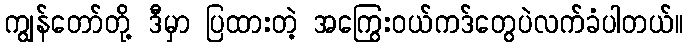
ကျွန်တော်တို့ ဒီမှာ ပြထားတဲ့ အကြွေးဝယ်ကဒ်တွေပဲလက်ခံပါတယ်။